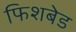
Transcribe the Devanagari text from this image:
फिशबेड